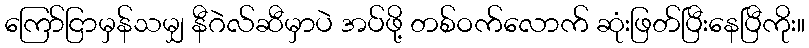
ကြော်ငြာမှန်သမျှ နီဂဲလ်ဆီမှာပဲ အပ်ဖို့ တစ်ဝက်လောက် ဆုံးဖြတ်ပြီးနေပြီကိုး။